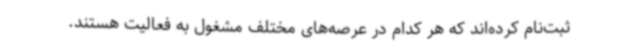
ثبت‌نام کرده‌اند که هر کدام در عرصه‌های مختلف مشغول به فعالیت هستند.